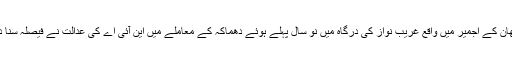
راجستھان کے اجمیر میں واقع غریب نواز کی درگاہ میں نو سال پہلے ہوئے دھماکہ کے معاملے میں این آئی اے کی عدالت نے فیصلہ سنا دیا ہے۔